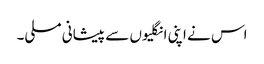
اس نے اپنی انگلیوں سے پیشانی مسلی۔